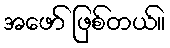
အဖော် ဖြစ်တယ်။